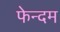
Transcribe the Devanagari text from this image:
फेन्दम